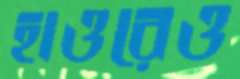
হাওরেও